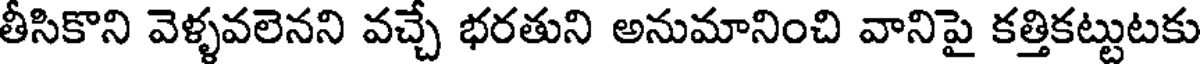
తీసికొని వెళ్ళవలెనని వచ్చే భరతుని అనుమానించి వానిపై కత్తికట్టుటకు